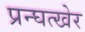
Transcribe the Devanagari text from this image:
प्रन्घत्खेर